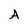
Character: A